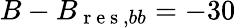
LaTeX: B-B_{\mathrm{~r~e~s~},bb}=-30